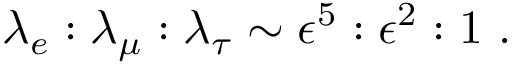
\lambda _ { e } : \lambda _ { \mu } : \lambda _ { \tau } \sim \epsilon ^ { 5 } : \epsilon ^ { 2 } : 1 ~ .